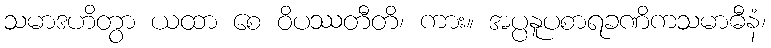
သမာဒဟိတွာ ယထာ စေ ဝိပဿတီတိ၊ ကား။ အပ္ပနူပစာရခဏိကသမာဓီနံ၊